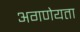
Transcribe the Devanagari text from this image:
अगणेयता